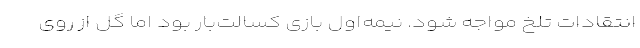
انتقادات تلخ مواجه شود. نیمه‌اول بازی کسالت‌بار بود اما گل از روی